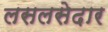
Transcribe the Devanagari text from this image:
लसलसेदार